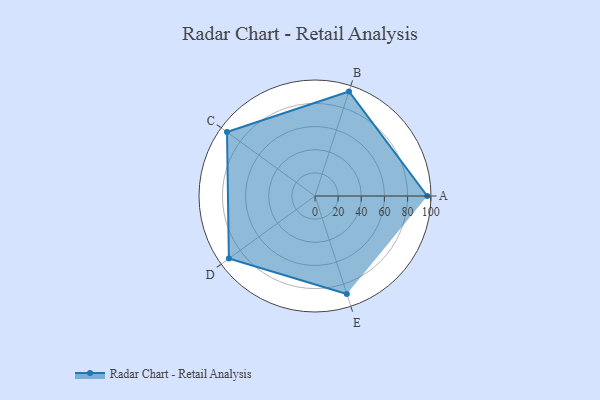
{"axis": {"x": "Skill", "y": "Score"}, "legend": ["Profile"], "data": [{"x": "A", "y": 97.0, "type": "Profile"}, {"x": "B", "y": 95.0, "type": "Profile"}, {"x": "C", "y": 94.0, "type": "Profile"}, {"x": "D", "y": 92.0, "type": "Profile"}, {"x": "E", "y": 89.0, "type": "Profile"}]}